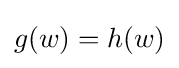
g(w)=h(w)